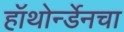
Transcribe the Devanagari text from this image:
हॉथोर्न्डेनचा